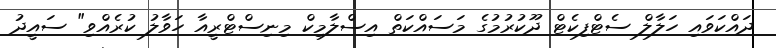
ދައްކަވައި ހަލާލް ސެޓްފިކެޓް ދޫކުރުމުގެ މަސައްކަތް އިސްލާމިކް މިނިސްޓްރީއާ ހަވާލު ކުރެއްވި" ސައީދު